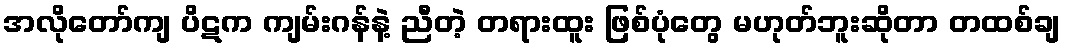
အလိုတော်ကျ ပိဋက ကျမ်းဂန်နဲ့ ညီတဲ့ တရားထူး ဖြစ်ပုံတွေ မဟုတ်ဘူးဆိုတာ တထစ်ချ